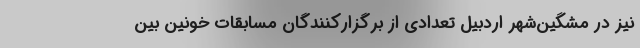
نیز در مشگین‌شهر اردبیل تعدادی از برگزارکنندگان مسابقات خونین بین